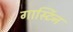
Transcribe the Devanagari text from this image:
गार्स्टिन